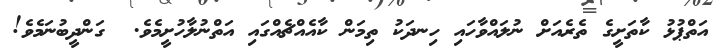
އަތްޕުޅު ކާތަށީގެ ތެރެއަށް ނުލައްވާހައި ހިނދަކު ތިމަން ކާއެއްޗެއްގައި އަތްނުލާހުށީމެވެ.  ގަންދީބުނަމެވެ!